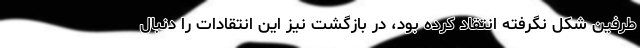
طرفین شکل نگرفته انتقاد کرده بود، در بازگشت نیز این انتقادات را دنبال